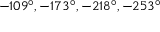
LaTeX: - 1 0 9 ^ { \circ } , - 1 7 3 ^ { \circ } , - 2 1 8 ^ { \circ } , - 2 5 3 ^ { \circ }